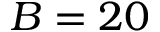
B = 2 0